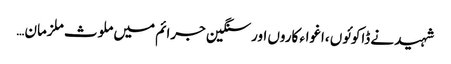
شہید نے ڈاکوئوں ،اغواء کاروں اور سنگین جرائم میں ملوث ملزمان…